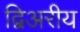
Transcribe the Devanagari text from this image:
द्विअरीय